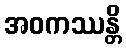
အဝကဿန္တိ